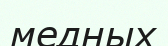
медных